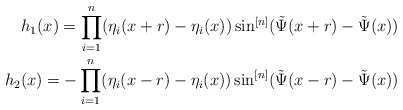
\begin{align*}h_1(x) = \prod_{i=1}^n(\eta_i(x+r)-\eta_i(x))\sin^{[n]}(\tilde \Psi(x+r)-\tilde \Psi(x))\\h_2(x) = - \prod_{i=1}^n(\eta_i(x-r)-\eta_i(x))\sin^{[n]}(\tilde \Psi(x-r)-\tilde \Psi(x))\end{align*}